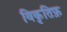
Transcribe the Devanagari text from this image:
विकृतिफ़